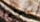
سيقولون